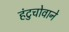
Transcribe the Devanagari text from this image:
हंटुचोवाने